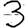
Digit: 3